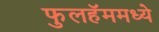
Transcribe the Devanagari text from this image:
फुलहॅममध्ये